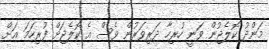
މަންދު ކޮލެޖުން ވަނީ ހުރިހާ ދަރިވަރުން ވެސް އެ ކޮލެޖަށް ފުރިހަމަ އަށް